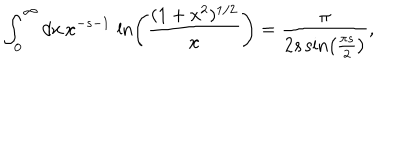
\int _ { 0 } ^ { \infty } d x \, x ^ { - s - 1 } \, \ln \left( \frac { ( 1 + x ^ { 2 } ) ^ { 1 / 2 } } { x } \right) = { \frac { \pi } { 2 s \sin \left( \frac { \pi s } { 2 } \right) } } ,